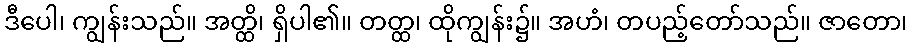
ဒီပေါ၊ ကျွန်းသည်။ အတ္ထိ၊ ရှိပါ၏။ တတ္ထ၊ ထိုကျွန်း၌။ အဟံ၊ တပည့်တော်သည်။ ဇာတော၊